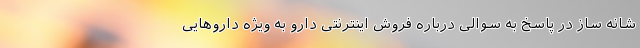
شانه ساز در پاسخ به سوالی درباره فروش اینترنتی دارو به ویژه داروهایی